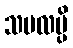
သဗလမ္ပိ